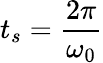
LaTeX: t_{s}=\frac{2\pi}{\omega_{0}}